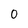
Character: 0